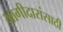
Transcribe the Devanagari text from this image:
भागीदारांसाठी